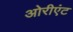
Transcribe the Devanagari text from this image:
ओरीएंट